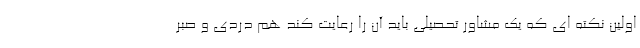
اولین نکته ای که یک مشاور تحصیلی باید آن را رعایت کند هم دردی و صبر